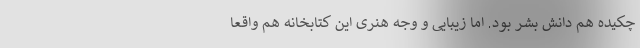
چکیده هم دانش بشر بود. اما زیبایی و وجه هنری این کتابخانه هم واقعا